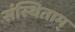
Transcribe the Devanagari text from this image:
संस्थिताम्‌